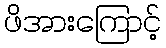
ဖိအားကြောင့်